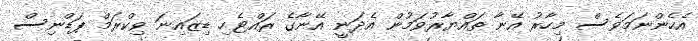
އެހެންނަމަވެސް މިހާރު އޭނާ ތައްޔާރުވަމުން އެދަނީ އޭނާގެ ރައްޓެހި ޑިޒައިނަ ވިކްރަމް ޕަޑްނިސް